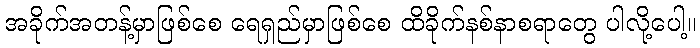
အခိုက်အတန့်မှာဖြစ်စေ ရေရှည်မှာဖြစ်စေ ထိခိုက်နစ်နာစရာတွေ ပါလို့ပေါ့။